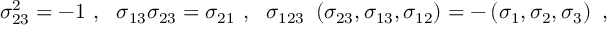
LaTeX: \sigma _ { 2 3 } ^ { 2 } = - 1 ~ , ~ ~ \sigma _ { 1 3 } \sigma _ { 2 3 } = \sigma _ { 2 1 } ~ , ~ ~ \sigma _ { 1 2 3 } ~ \left( \sigma _ { 2 3 } , \sigma _ { 1 3 } , \sigma _ { 1 2 } \right) = - \left( \sigma _ { 1 } , \sigma _ { 2 } , \sigma _ { 3 } \right) ~ ,